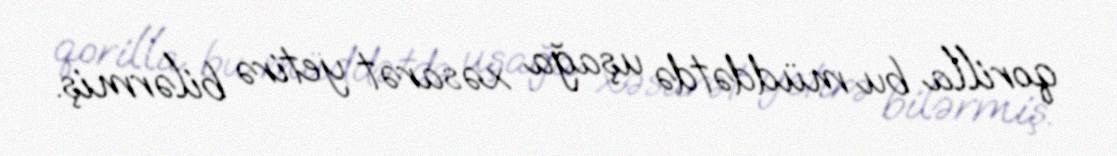
qorilla bu müddətdə uşağa xəsarət yetirə bilərmiş.